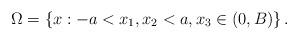
LaTeX: \begin{align*}\Omega =\left\{ x:-a<x_{1},x_{2}<a,x_{3}\in \left( 0,B\right) \right\} .\end{align*}